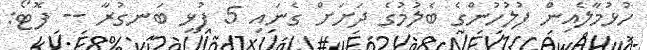
ހުޅުމާލެއިން ފުލުހުންގެ ބެލުމުގެ ދަށަށް ގެނައި 5 ފުޅި ބަނގުރާ -- ފޮޓޯ: